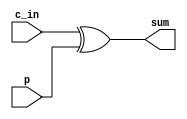
`timescale 1ns / 1ps
//////////////////////////////////////////////////////////////////////////////////
// Company: 
// Engineer: 
// 
// Design Name: 
// Module Name:    cla_sum 
// Project Name: 
// Target Devices: 
// Tool versions: 
// Description: 
//
// Dependencies: 
//
// Revision: 
// Revision 0.01 - File Created
// Additional Comments: 
//
//////////////////////////////////////////////////////////////////////////////////
module cla_sum(
input[16:0] c_in,
input[16:0] p,
output[16:0] sum
    );
assign
	sum=c_in ^ p;
endmodule